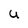
Character: U